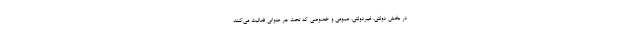
در بخش دولتی، غیردولتی، عمومی و خصوصی که تحت هر عنوانی فعالیت می‌کنند